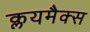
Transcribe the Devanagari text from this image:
क्लयमैक्स